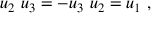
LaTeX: u _ { 2 } \ u _ { 3 } = - u _ { 3 } \ u _ { 2 } = u _ { 1 } ~ ,